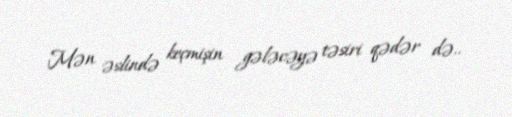
Mən əslində keçmişin gələcəyə təsiri qədər də..